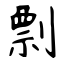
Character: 剽